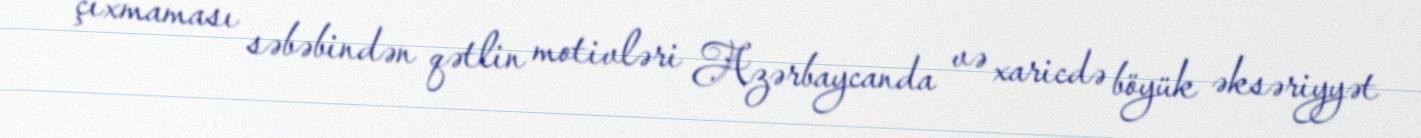
çıxmaması səbəbindən qətlin motivləri Azərbaycanda və xaricdə böyük əksəriyyət